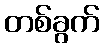
တစ်ခွက်